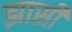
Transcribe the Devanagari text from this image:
झासी